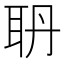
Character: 𦕃